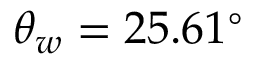
\theta _ { w } = 2 5 . 6 1 ^ { \circ }